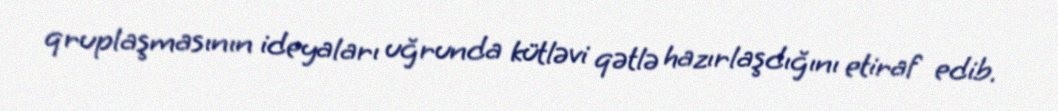
qruplaşmasının ideyaları uğrunda kütləvi qətlə hazırlaşdığını etiraf edib.